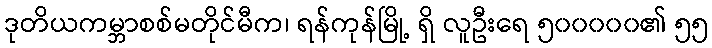
ဒုတိယကမ္ဘာစစ်မတိုင်မီက၊ ရန်ကုန်မြို့ ရှိ လူဦးရေ ၅၀၀၀၀၀၏ ၅၅